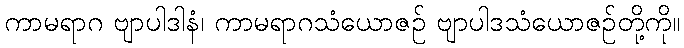
ကာမရာဂ ဗျာပါဒါနံ၊ ကာမရာဂသံယောဇဉ် ဗျာပါဒသံယောဇဉ်တို့ကို။